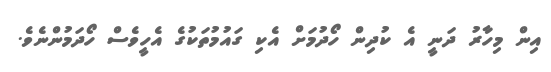
އިން މިހާރު ދަނީ އެ ކުދިން ހޯދުމަށް އެކި ގައުމުތަކުގެ އެހީވެސް ހޯދަމުންނެވެ.